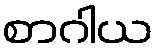
စာဂါယ